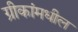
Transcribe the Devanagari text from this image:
ग्रीकांमधील